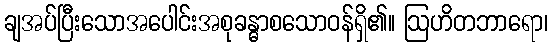
ချအပ်ပြီးသောအပေါင်းအစုခန္ဓာစသောဝန်ရှိ၏။ ဩဟိတဘာရော၊